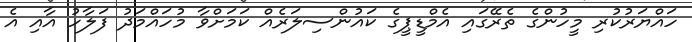
ހައްޔަރުކުރި މީހުންގެ ތެރޭގައި އެމްޑީޕީގެ ކައުންސިލަރެއް ކަމަށްވާ މުހައްމަދު ފަލާހު އާއި އެ